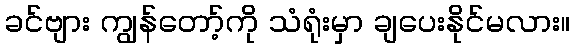
ခင်ဗျား ကျွန်တော့်ကို သံရုံးမှာ ချပေးနိုင်မလား။